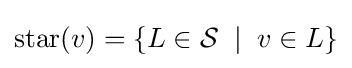
\operatorname {star} (v)=\{L\in {\mathcal {S}}\;\mid \;v\in L\}